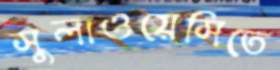
সুলাওয়েসিতে